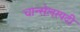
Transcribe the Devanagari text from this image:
चान्सेलरपदी